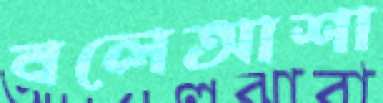
বলেআশা